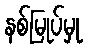
နစ်မြုပ်မှု